Ajaleht_Uus_Ilm, lk 6
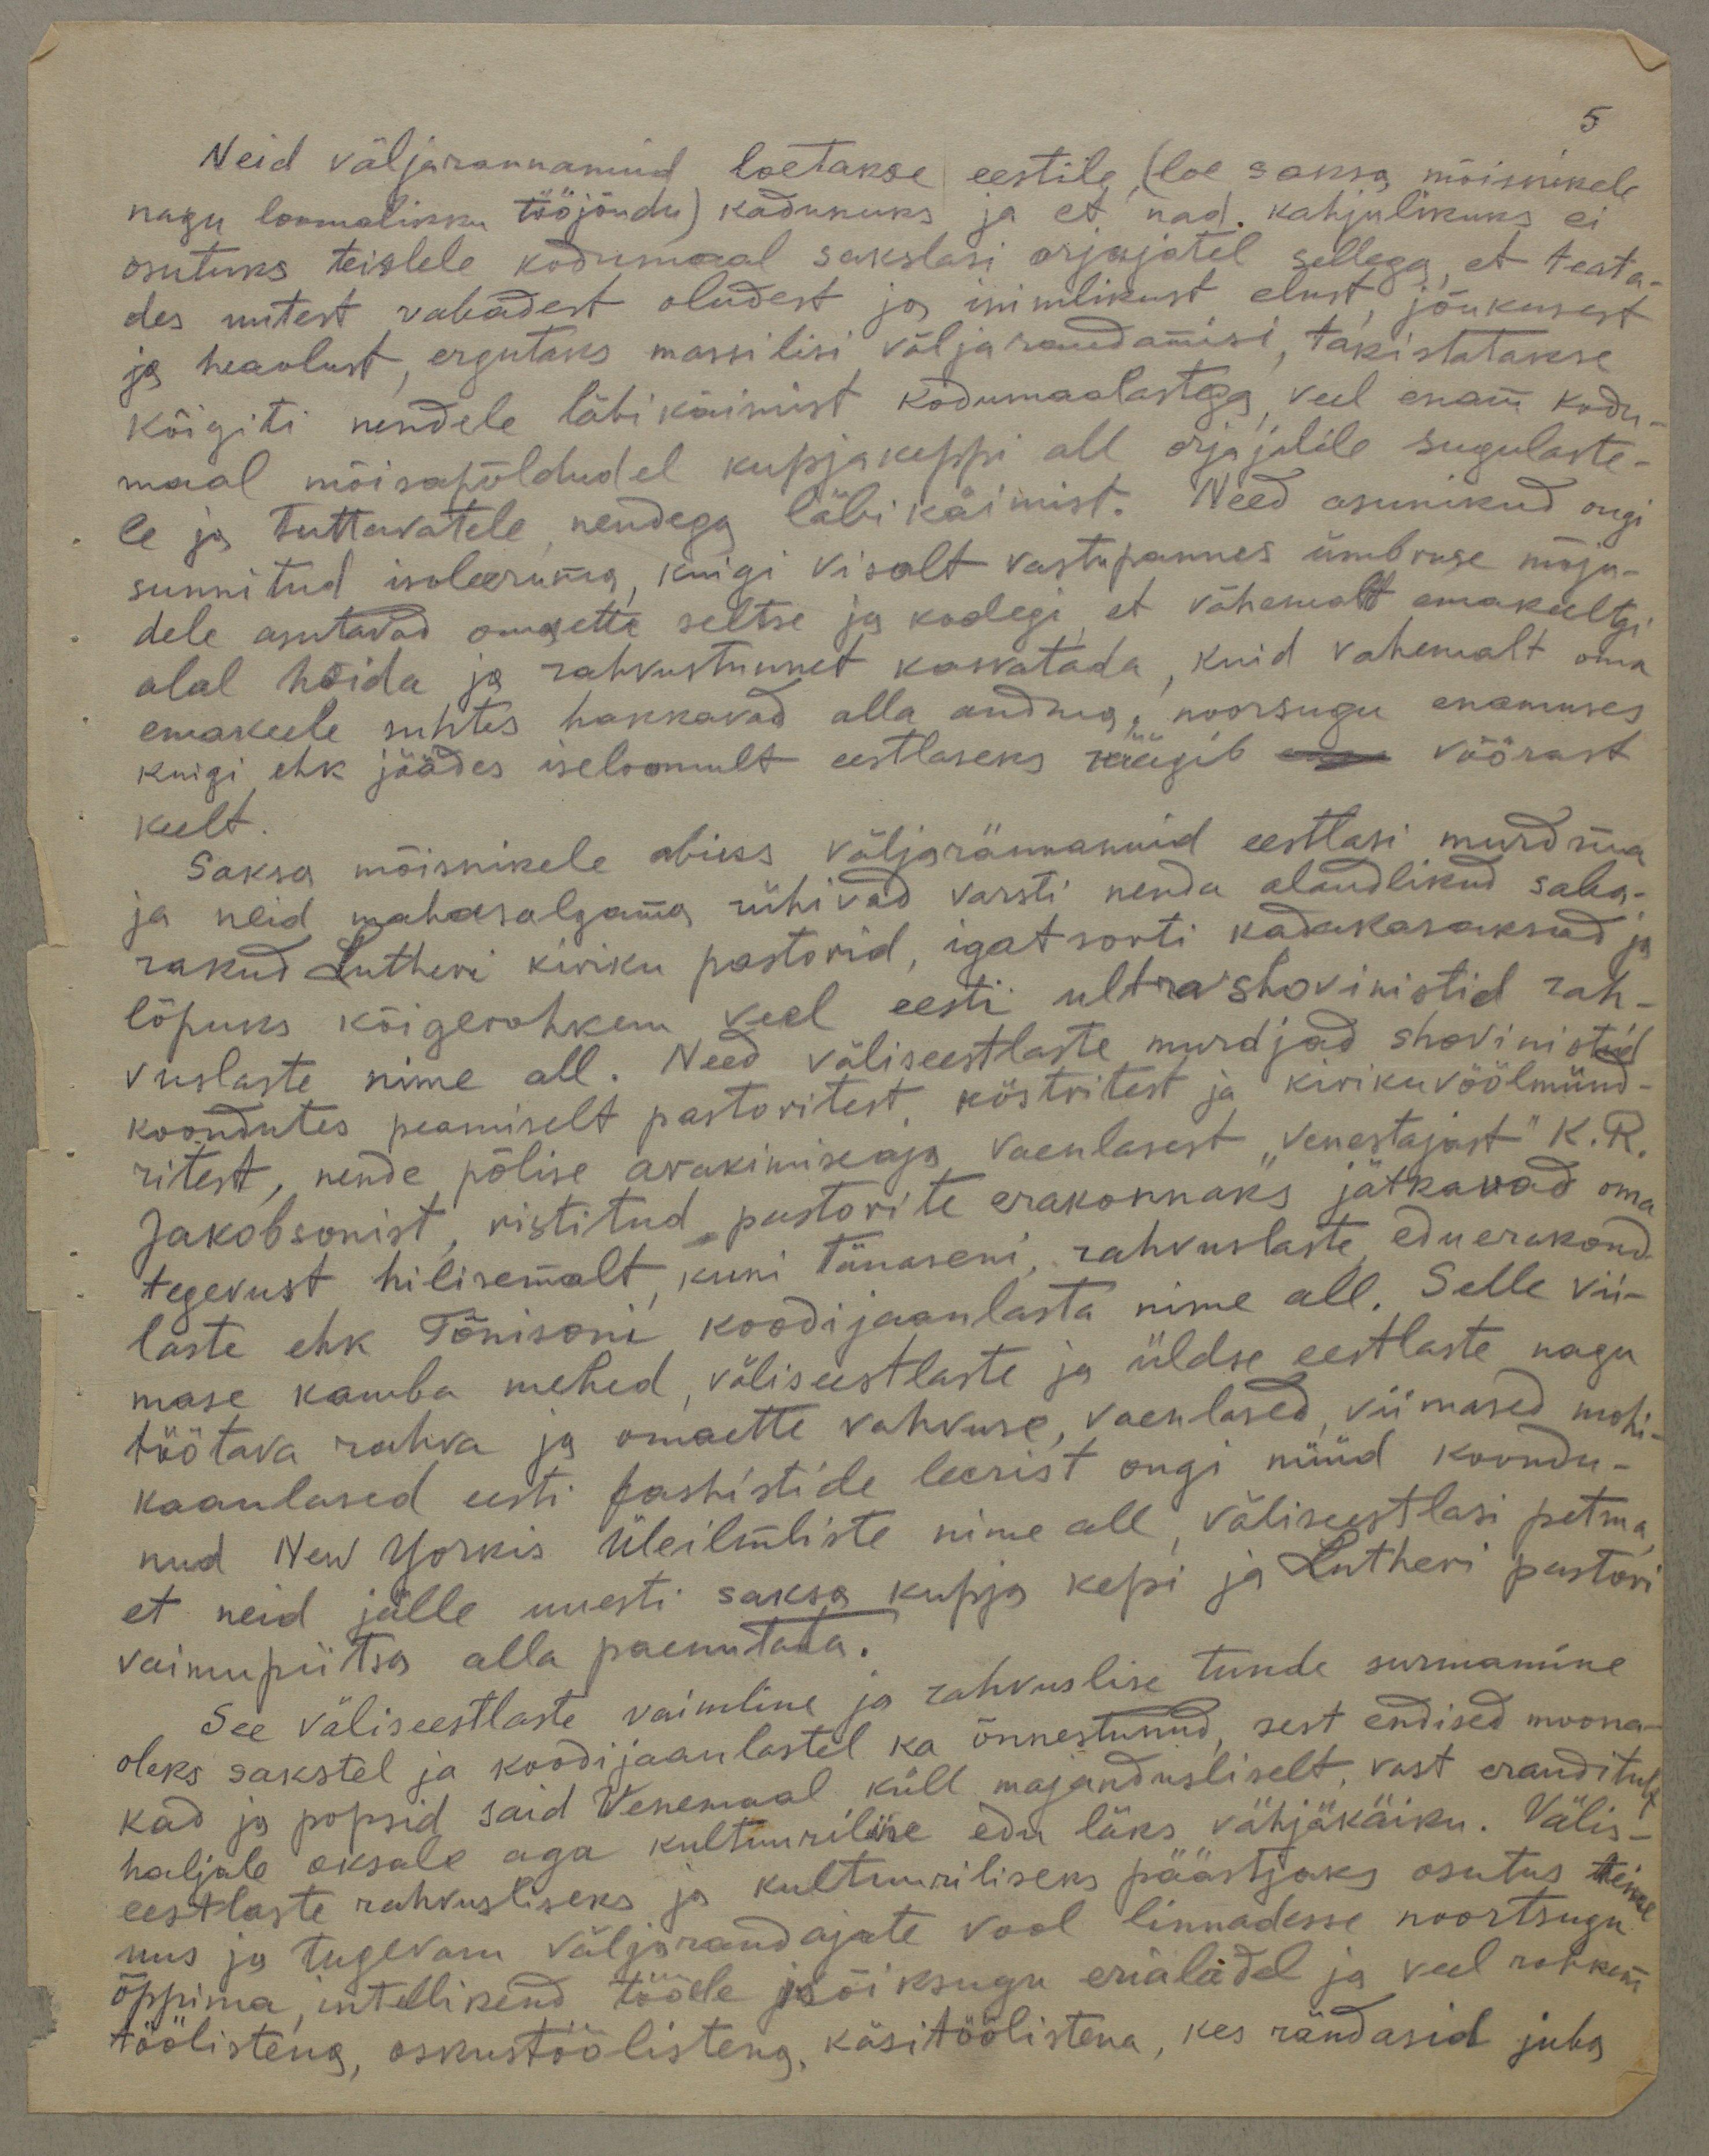
5

Neid väljarannanud loetakse eestile (loe saksa mõisnikele
nagu loomalikku tööjõudu) kadunuks ja et nad kahjulikuks ei
osutuks teistele kodumaal sakslasi orjajatel sellega, et teata-
des uutest vabadest oludest ja inimikust elust jõukusest
ja heaolust, ergutaks massilisi väljarandamise, takistatakse
kõigiti nendele läbikäimist kodumaalastega, veel enam kodu
maal mõisapõldudel kupjakeppi all orjajatele sugulaste-
le ja tuttavatele nendega läbi käimist. Need asunikud ongi
sunnitud isoleerima, kuigi visalt vastupannes ümbruse mõju-
dele asutavad omaette seltse ja koolegi, et vähemalt omakeeltgi
alal hoida ja rahvustunnet korratada, kuid vahemalt oma
emakeele suhtes hakkavad alla andma, noorsugu enamuses
kuigi, ehk jäädes iseloomult eestlaseks räägib enne võõrast
keelt.
Saksa mõisnikele abiks väljarännanuid eestlasi murdma
ja neid mahasalgama, rühivad varsti nenda alandlikud saba-
rakud Lutheri kiriku pastorid, igat sorti kadakasaksad ja
lõpuks kõigerohkem veel eesti ultrashovinistid rah-
vuslaste nime all. Need väliseestlaste murdjad shovinistid
koondutes peamiselt pastoritest, köstritest ja kirikuvöölmünd-
ritest, nende põlise arakimiseaja vaenlasest "Venestajast" K. R.
Jakobsonist, ristitud pastorite erakonnaks jätkavad oma
tegevust hilisemalt, kuni tänaseni, rahvuslaste eduerakond
laste ehk Tõnisoni koodijaanlasta nime all. Selle vii-
mase kamba mehed, väliseestlaste ja üldse eestlaste nagu
töötava rahva ja omaette vahvuse, vaenlased, viimased mohi-
kaanlased eesti fashistide leerist ongi nüüd koondu-
nud New Yorkis Üleilmliste nime all väliseestlasi petma
et neid jälle uuesti saksa kupja kepi ja Lutheri pastori
vaimupiitsa alla paenutata.
See väliseestlaste vaimline ja rahvuslise tunde surmamine
oleks sakstel ja koodijaanlastel ka õnnestunud, sest endised moona-
kad ja popsid said Venemaal küll majandusliselt, vast eranditult
haljale oksale aga kultuuriline edu läks vähjäkäiku. Välis
eestlaste rahvusliseks ja kultuuriliseks päästjaks osutus teine
uus ja tugevam väljarandajate vool linnadesse noortsugu
õppima, intellikend tööde ja kõiksugu erialadel ja veel rohkem
töölistena, oskustöölistena, käsitöölistena kes rändasid juba